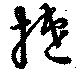
捷